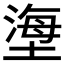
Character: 塰